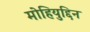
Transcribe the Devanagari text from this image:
मोहियुद्दिन